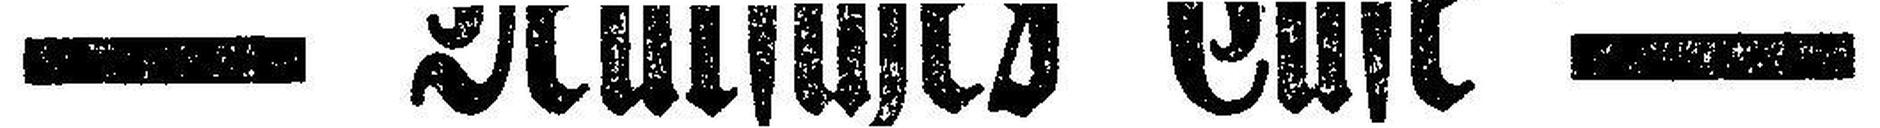
= Deutsches Cafe =